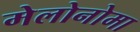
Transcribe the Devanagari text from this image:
मेलोनोमा